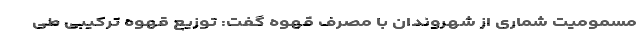
مسمومیت شماری از شهروندان با مصرف قهوه گفت: توزیع قهوه ترکیبی طی